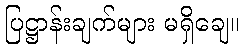
ပြဋ္ဌာန်းချက်များ မရှိချေ။